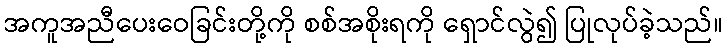
အကူအညီပေးဝေခြင်းတို့ကို စစ်အစိုးရကို ရှောင်လွဲ၍ ပြုလုပ်ခဲ့သည်။